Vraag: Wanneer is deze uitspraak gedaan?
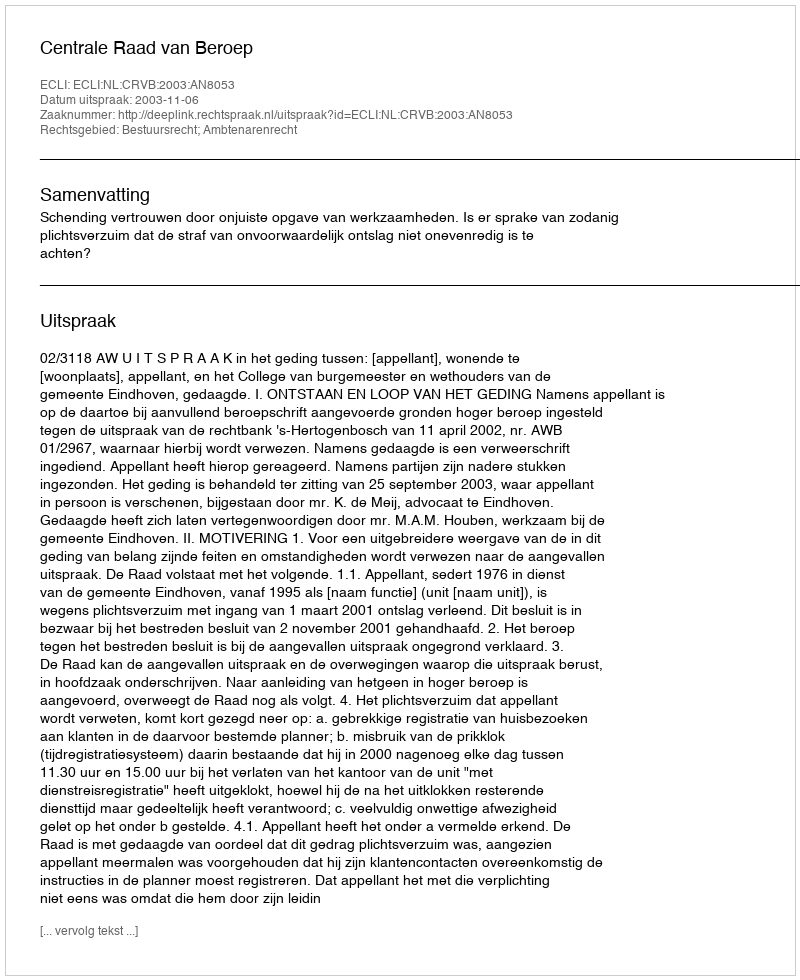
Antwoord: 2003-11-06